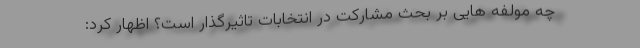
چه مولفه هایی بر بحث مشارکت در انتخابات تاثیرگذار است؟ اظهار کرد: